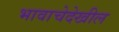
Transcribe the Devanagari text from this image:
भावाचेदेखील